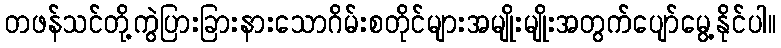
တဖန်သင်တို့ကွဲပြားခြားနားသောဂိမ်းစတိုင်များအမျိုးမျိုးအတွက်ပျော်မွေ့နိုင်ပါ။